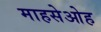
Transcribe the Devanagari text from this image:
माहसेओह